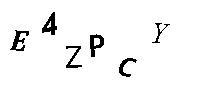
E4ZPCY